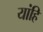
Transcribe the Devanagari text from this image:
यांहि